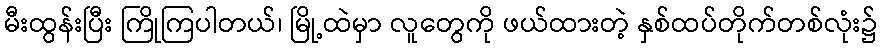
မီးထွန်းပြီး ကြိုကြပါတယ်၊ မြို့ထဲမှာ လူတွေကို ဖယ်ထားတဲ့ နှစ်ထပ်တိုက်တစ်လုံး၌